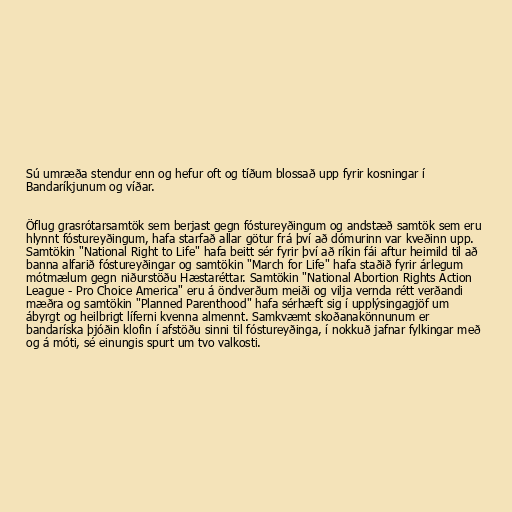
Sú umræða stendur enn og hefur oft og tíðum blossað upp fyrir kosningar í
Bandaríkjunum og víðar.

Öflug grasrótarsamtök sem berjast gegn fóstureyðingum og andstæð samtök sem eru
hlynnt fóstureyðingum, hafa starfað allar götur frá því að dómurinn var kveðinn upp.
Samtökin "National Right to Life" hafa beitt sér fyrir því að ríkin fái aftur heimild til að
banna alfarið fóstureyðingar og samtökin "March for Life" hafa staðið fyrir árlegum
mótmælum gegn niðurstöðu Hæstaréttar. Samtökin "National Abortion Rights Action
League - Pro Choice America" eru á öndverðum meiði og vilja vernda rétt verðandi
mæðra og samtökin "Planned Parenthood" hafa sérhæft sig í upplýsingagjöf um
ábyrgt og heilbrigt líferni kvenna almennt. Samkvæmt skoðanakönnunum er
bandaríska þjóðin klofin í afstöðu sinni til fóstureyðinga, í nokkuð jafnar fylkingar með
og á móti, sé einungis spurt um tvo valkosti.